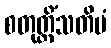
စတုတ္တိံသတိမံ